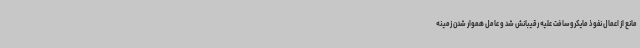
مانع از اعمال نفوذ مایکروسافت علیه رقیبانش شد و عامل هموار شدن زمینه